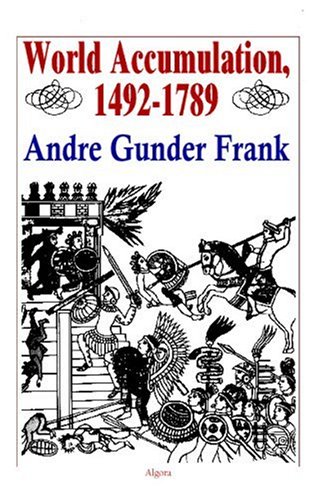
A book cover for World Accumulation 1492-1789; Andre Gunder Frank; Business & Money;